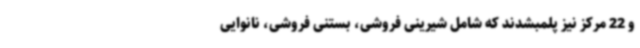
و 22 مرکز نیز پلمبشدند که شامل شیرینی فروشی، بستنی فروشی، نانوایی